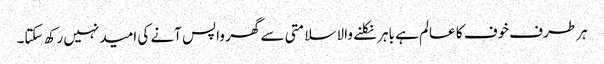
ہر طرف خوف کا عالم ہے باہر نکلنے والا سلامتی سے گھر واپس آنے کی امید نہیں رکھ سکتا۔